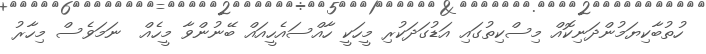
ހުތުބާކިޔަމުންދަނިކޮއް މިސްކިތުގައި އަޑުގަދަކުރި މީހަކީ ހާއްސައެހީއައް ބޭނުންވާ މީހެއް  ނަމަވެސް މިހާރު